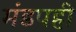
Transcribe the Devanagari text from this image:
मंडपही